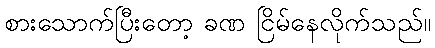
စားသောက်ပြီးတော့ ခဏ ငြိမ်နေလိုက်သည်။